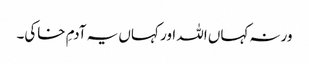
ورنہ کہاں اللہ اور کہاں یہ آدمِ خاکی۔